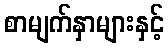
စာမျက်နှာများနှင့်